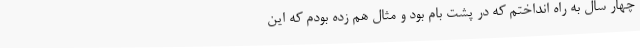
چهار سال به راه انداختم که در پشت بام بود و مثال هم زده بودم که این